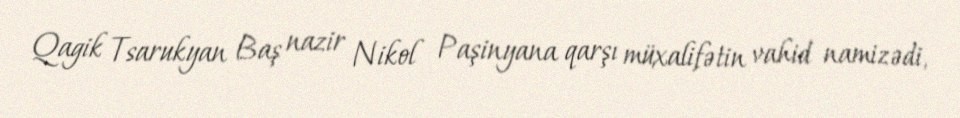
Qagik Tsarukyan Baş nazir Nikol Paşinyana qarşı müxalifətin vahid namizədi,